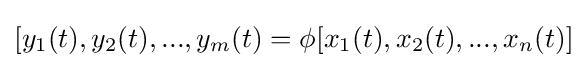
[y_{1}(t),y_{2}(t),...,y_{m}(t)=\phi [x_{1}(t),x_{2}(t),...,x_{n}(t)]